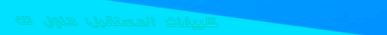
تكييفات المستقبل: حلول تك